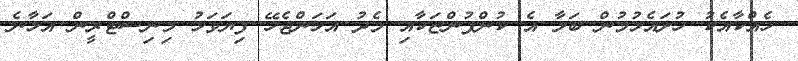
ހެއްކާއެކު ހުށައެޅުމުން ބަލާ އެ ކުންފުންޏަކާއި މެދު އަޅަންޖެހޭ ފިޔަވަޅު މިނިސްޓްރީން އަޅާނެ